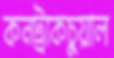
কনট্রাকচুয়াল